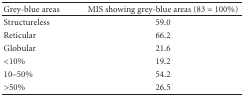
| Grey-blue areas | MIS showing grey-blue areas (83 = 100%) |
 | --- | --- |
 | Structureless | 59.0 |
 | Reticular | 66.2 |
 | Globular | 21.6 |
 | <10% | 19.2 |
 | 10–50% | 54.2 |
 | >50% | 26.5 |